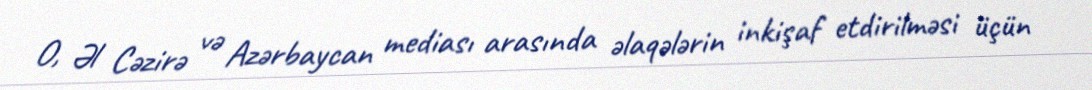
O, Əl Cəzirə və Azərbaycan mediası arasında əlaqələrin inkişaf etdirilməsi üçün